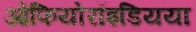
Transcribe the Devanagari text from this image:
ओफियोरॉइडियया